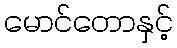
မောင်တောနှင့်